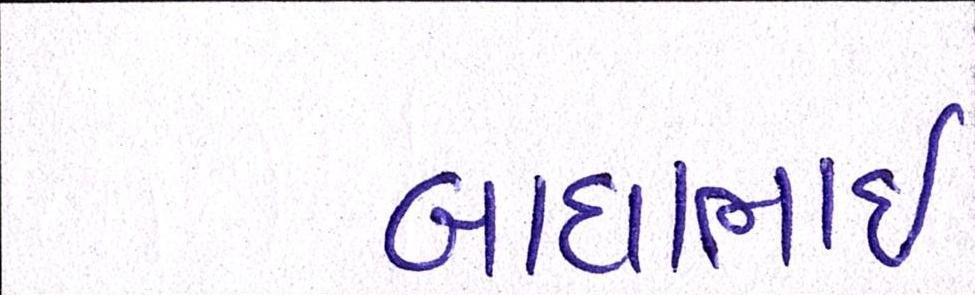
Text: બાઘાભાઇ